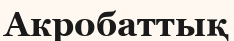
Акробаттық